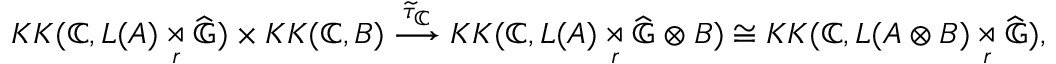
K K ( \mathbb { C } , L ( A ) \underset { r } { \rtimes } \widehat { \mathbb { G } } ) \times K K ( \mathbb { C } , B ) \overset { \widetilde { \tau } _ { \mathbb { C } } } { \longrightarrow } K K ( \mathbb { C } , L ( A ) \underset { r } { \rtimes } \widehat { \mathbb { G } } \otimes B ) \cong K K ( \mathbb { C } , L ( A \otimes B ) \underset { r } { \rtimes } \widehat { \mathbb { G } } ) ,